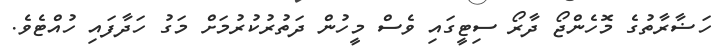
ހަޟާރާތުގެ މޮހެންޖޯ ދާރޯ ސިޓީގައި ވެސް މީހުން ދަތުރުކުރުމަށް މަގު ހަދާފައި ހުއްޓެވެ.